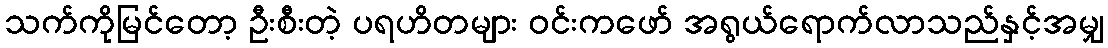
သက်ကိုမြင်တော့ ဦးစီးတဲ့ ပရဟိတများ ဝင်းကဖော် အရွယ်ရောက်လာသည်နှင့်အမျှ